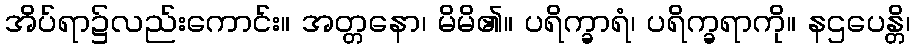
အိပ်ရာ၌လည်းကောင်း။ အတ္တနော၊ မိမိ၏။ ပရိက္ခာရံ၊ ပရိက္ခရာကို။ နဌပေန္တိ၊